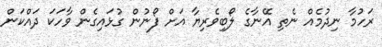
ރަހުމާ ނިދުމެއް ނެތި އޭނާގެ ލޯބިވެރިޔާ އަށް ފޯނުން ގުޅައިގެން ވާހަކަ ދައްކަން